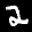
Label: 2